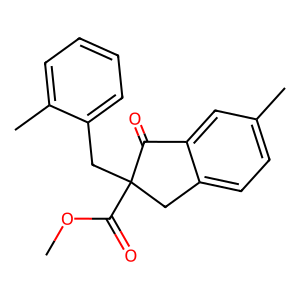
SMILES: COC(=O)C1(Cc2ccccc2C)Cc2ccc(C)cc2C1=O
Inhibits HIV replication: No